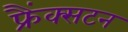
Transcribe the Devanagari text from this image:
फ्रैंक्सटन